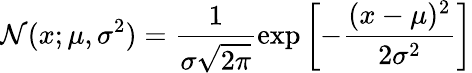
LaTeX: \mathcal{N}(x;\mu,\sigma^{2})=\frac{1}{\sigma\sqrt{2\pi}}\exp\left[-\frac{(x-\mu)^{2}}{2\sigma^{2}}\right]